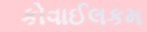
કોવાઈલકમ